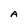
Character: A